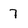
Character: 7